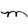
Character: M